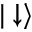
| \downarrow \rangle